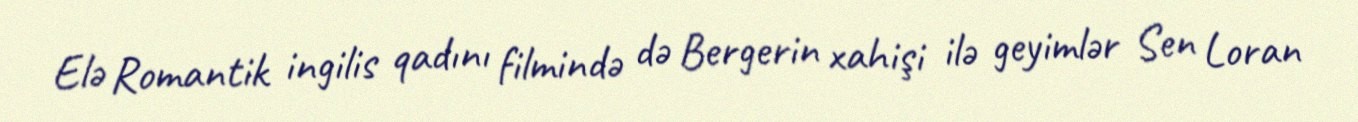
Elə Romantik ingilis qadını filmində də Bergerin xahişi ilə geyimlər Sen Loran